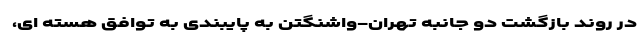
در روند بازگشت دو جانبه تهران-واشنگتن به پایبندی به توافق هسته ای،